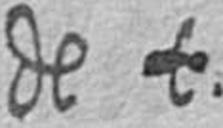
de t